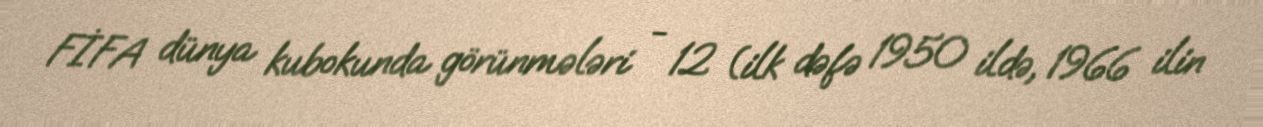
FİFA dünya kubokunda görünmələri - 12 (ilk dəfə 1950 ildə, 1966 ilin